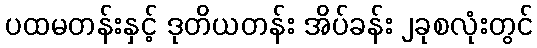
ပထမတန်းနှင့် ဒုတိယတန်း အိပ်ခန်း ၂ခုစလုံးတွင်